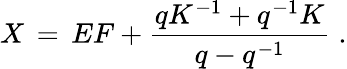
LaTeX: X\, =\, EF+\frac{qK^{-1}+q^{-1}K}{q-q^{-1}}\; .